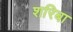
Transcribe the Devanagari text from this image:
शरिबा